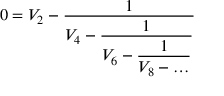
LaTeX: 0 = V _ { 2 } - \frac { 1 } { \displaystyle V _ { 4 } - \frac { 1 } { \displaystyle V _ { 6 } - \frac { 1 } { \displaystyle V _ { 8 } - \ldots } } }